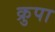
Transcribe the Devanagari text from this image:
क्रुपा